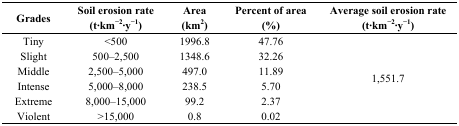
| Grades | Soil erosion rate (t·km−2·y−1) | Area (km2) | Percent of area (%) | Average soil erosion rate (t·km−2·y−1) |
 | --- | --- | --- | --- | --- |
 | Tiny | <500 | 1996.8 | 47.76 | <ROWSPAN=6> 1,551.7 |
 | Slight | 500–2,500 | 1348.6 | 32.26 |
 | Middle | 2,500–5,000 | 497.0 | 11.89 |
 | Intense | 5,000–8,000 | 238.5 | 5.70 |
 | Extreme | 8,000–15,000 | 99.2 | 2.37 |
 | Violent | >15,000 | 0.8 | 0.02 |